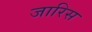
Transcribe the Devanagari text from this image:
जारिस